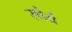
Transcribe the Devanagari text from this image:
स्‍थैर्य